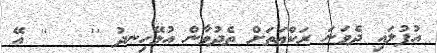
އުފުލައި ދެވަނަ ރަކްޢަތަށް ތެދުވާން އުޅޭހިނދު ''   '' އޭ